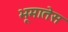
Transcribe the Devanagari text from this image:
भूमातेस